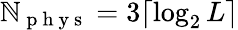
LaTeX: \mathbb{N}_{\mathrm{{~p~h~y~s~}}}=3\lceil\log_{2}L\rceil